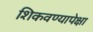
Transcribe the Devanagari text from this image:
शिकवण्यापेक्षा